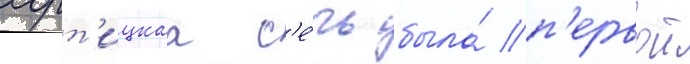
хорт'ицкаа с'е́чь была́ п'ервои